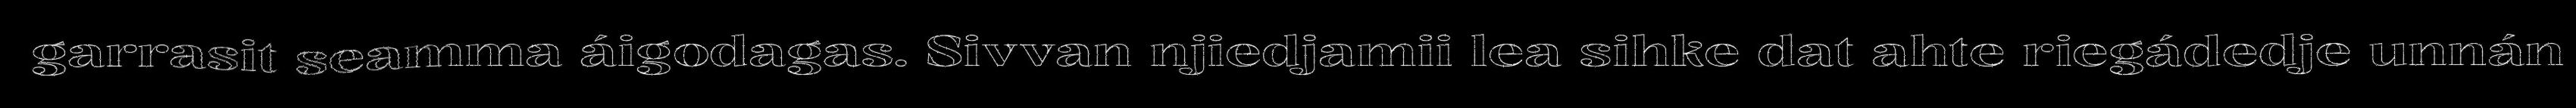
garrasit seamma áigodagas. Sivvan njiedjamii lea sihke dat ahte riegádedje unnán